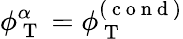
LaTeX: \phi_{\mathrm{~T~}}^{\alpha}=\phi_{\mathrm{~T~}}^{(\mathrm{~c~o~n~d~})}